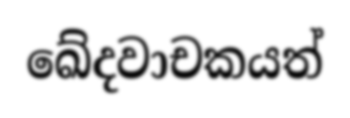
ඛේදවාචකයත්